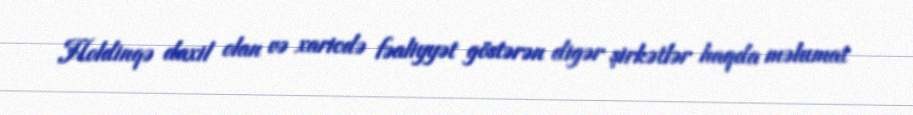
Holdinqə daxil olan və xaricdə fəaliyyət göstərən digər şirkətlər haqda məlumat